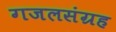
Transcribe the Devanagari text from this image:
गजलसंग्रह